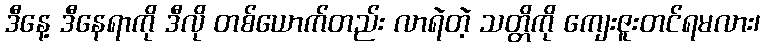
ဒီနေ့ ဒီနေရာကို ဒီလို တစ်ယောက်တည်း လာရဲတဲ့ သတ္တိကို ကျေးဇူးတင်ရမလား၊